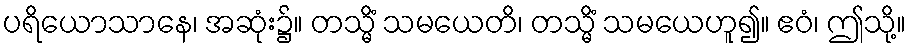
ပရိယောသာနေ၊ အဆုံး၌။ တသ္မိံ သမယေတိ၊ တသ္မိံ သမယေဟူ၍။ ဧဝံ၊ ဤသို့။